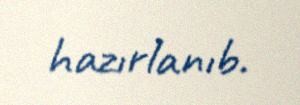
hazırlanıb.